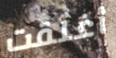
أغلقت